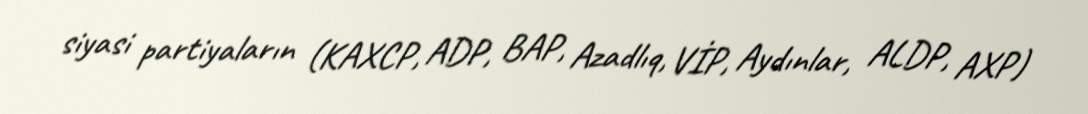
siyasi partiyaların (KAXCP, ADP, BAP, Azadlıq, VİP, Aydınlar, ALDP, AXP)